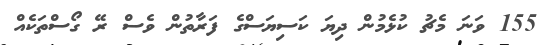
155 ވަނަ މެޗު ކުޅެމުން ދިޔަ ކަސިޔަސްގެ ފަރާތުން ވެސް ރޭ ގޯސްތަކެއް